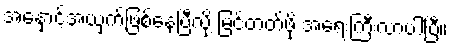
အနှောင့်အယှက်ဖြစ်နေပြီလို့ မြင်တတ်ဖို့ အရေးကြီးလာပါပြီ။